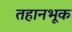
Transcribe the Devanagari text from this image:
तहानभूक